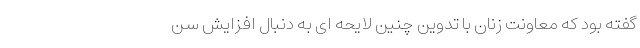
گفته بود که معاونت زنان با تدوین چنین لایحه ای به دنبال افزایش سن